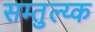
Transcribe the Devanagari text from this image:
सम्तुल्य्क